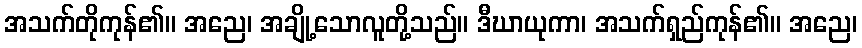
အသက်တိုကုန်၏။ အညေ၊ အချို့သောလူတို့သည်။ ဒီဃာယုကာ၊ အသက်ရှည်ကုန်၏။ အညေ၊